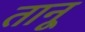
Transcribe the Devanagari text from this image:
तानू